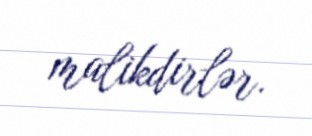
malikdirlər.